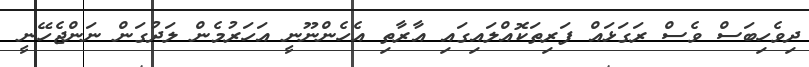
ދިވެހިބަސް ވެސް ރަގަޅައް ފަރިތަކޮއްލައިގައި އާރާތި އެހެންނޫނީ އަހަރުމެން ލަދުގަން ނަންޖެހޭނީ